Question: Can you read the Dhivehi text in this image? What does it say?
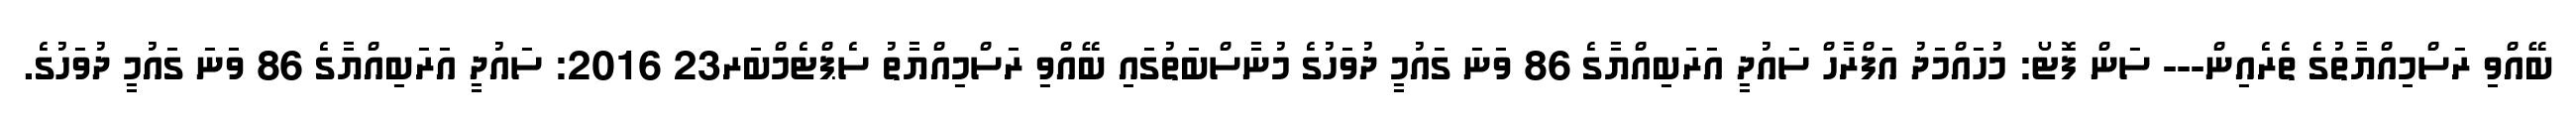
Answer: ބޭއްވި ރަސްމިއްޔާތުގެ ތެރެއިން--- ސަން ފޮޓޯ: މުހައްމަދު އަފްރާހް ސައުދީ އަރަބިއްޔާގެ 86 ވަނަ ގައުމީ ދުވަހުގެ މުނާސްބަތުގައި ބޭއްވި ރަސްމިއްޔާތު ސެޕްޓެމްބަރ23 2016: ސައުދީ އަރަބިއްޔާގެ 86 ވަނަ ގައުމީ ދުވަހުގެ.